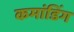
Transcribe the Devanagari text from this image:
कमांडिंग